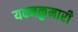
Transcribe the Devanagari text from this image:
यवनकुमारी